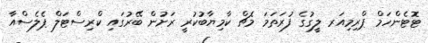
ޓޮޓެންހަމް ޕްރިމިއަރ ލީގުގެ ފުރަތަމަ މެޗް ކާމިޔާބުކުރީ ރަށުން ބޭރުގައި ކްރިސްޓަލް ޕެލެސްއާ